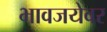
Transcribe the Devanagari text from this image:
भावजयेवर